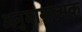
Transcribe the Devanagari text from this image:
अनुमानात्मक